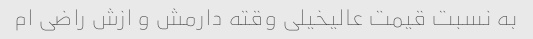
به نسبت قیمت عالیخیلی وقته دارمش و ازش راضی ام